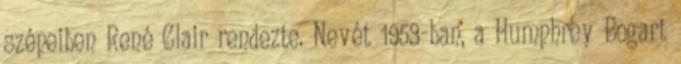
szépeiben René Clair rendezte. Nevét 1953-ban, a Humphrey Bogart